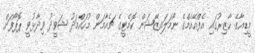
މީޑިއާގެ ހާޒިރުގައި އެފްއޭއެމްގެ ނޯމަލައިޒޭޝަން ކޮމެޓީގެ ޗެއާމަން މުހައްމަދު ޝަވީދު ވިދާޅުވީ ޕޮޕޯފަށް